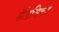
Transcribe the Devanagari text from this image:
सैंडविच्ड